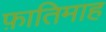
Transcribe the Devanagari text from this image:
फ़ातिमाह